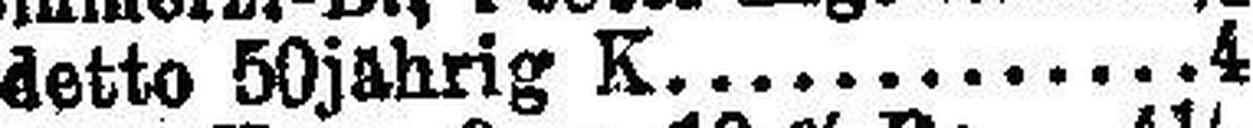
detto 50jahrig K. 4